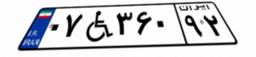
۰۷W۳۶۰۹۲